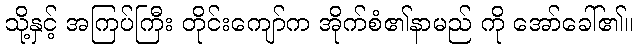
သို့နှင့် အကြပ်ကြီး တိုင်းကျော်က အိုက်စံ၏နာမည် ကို အော်ခေါ်၏။